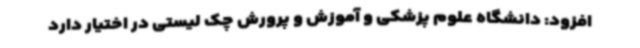
افزود: دانشگاه علوم پزشکی و آموزش و پرورش چک لیستی در اختیار دارد